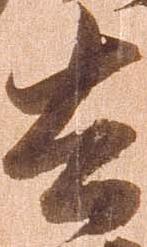
去